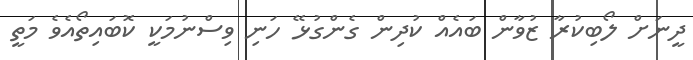
ދީނަށް ލޯބިކުރާ ޒުވާން ބައެއް ކުދިން ގެންގުޅޭ ހަނި ވިސްނުމަކީ ކޮބައިތޯއެވެ މަތީ